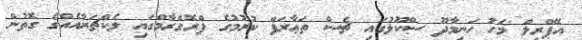
އޭޕްރިލް މަހު ހަނިމާދޫ ސްކޫލުގައި ޗެސް ތަޢާރަފް ކުރުމުގެ ޕްރޮގްރާމްގައި ލެކްޗަރާއެއްގެ ގޮތުން